Lunatic asylums Central Provinces reports 1910-1926 - 1910-1926
Year: 1910
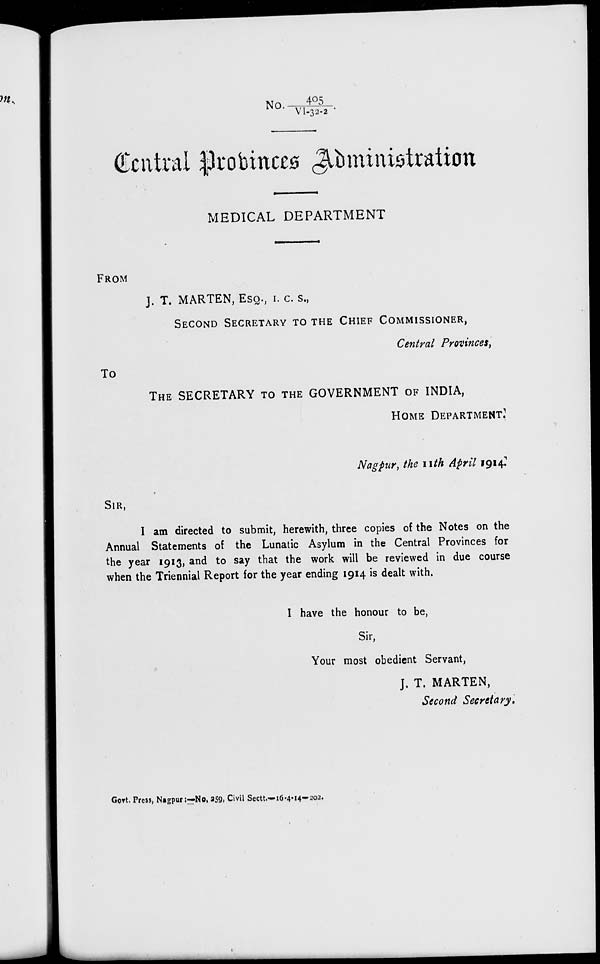
No. 405/VI-32-2.
Central Provinces Administration
MEDICAL DEPARTMENT
FROM
J. T. MARTEN, ESQ., I. C. S.,
SECOND SECRETARY TO THE CHIEF COMMISSIONER,
Central Provinces,
To
THE SECRETARY TO THE GOVERNMENT OF INDIA,
HOME DEPARTMENT.
Nagpur, the 11th April 1914.
SIR,
I am directed to submit, herewith, three copies of the Notes on the
Annual Statements of the Lunatic Asylum in the Central Provinces for
the year 1913, and to say that the work will be reviewed in due course
when the Triennial Report for the year ending 1914 is dealt with.
I have the honour to be,
Sir,
Your most obedient Servant,
J. T. MARTEN,
Second Secretary.
Govt. Press, Nagpur:—No. 259, Civil Sectt.—16-4-14–202.